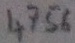
Text: 4756